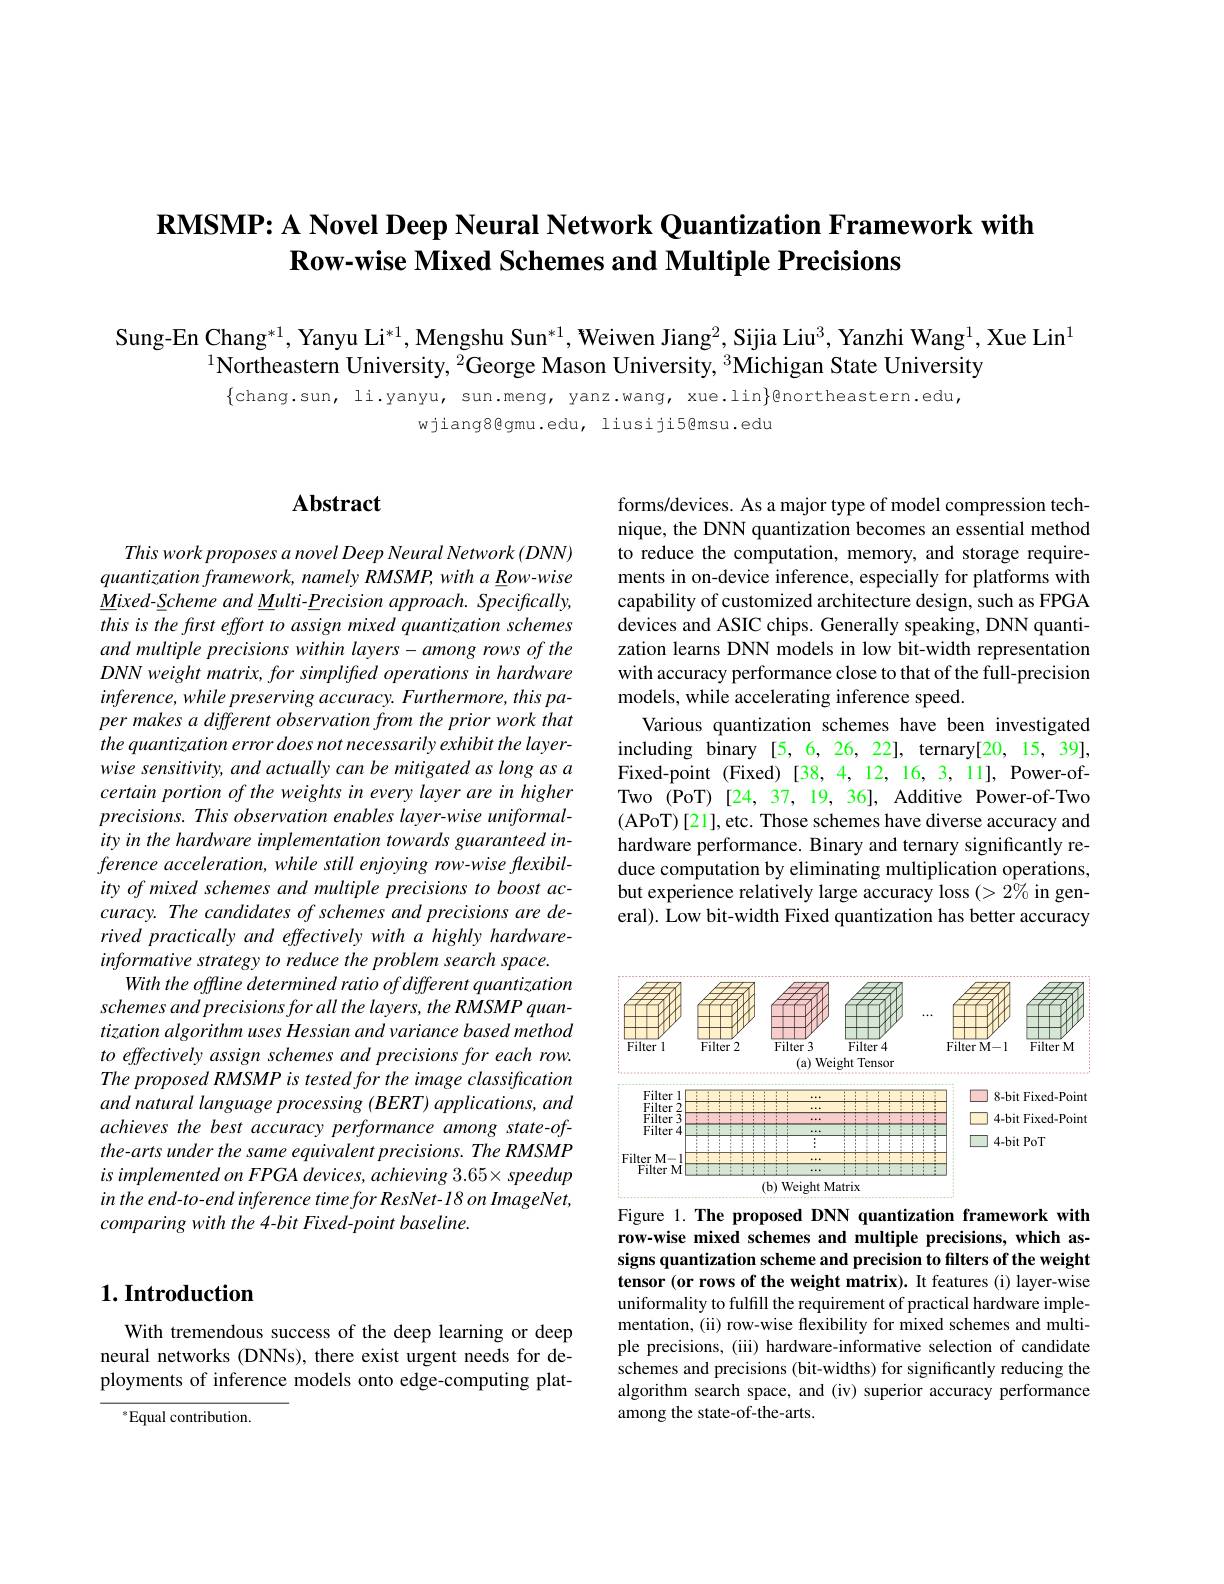
# $\textbf{RMSMP: A Novel Deep Neural Network Quantization Framework with}$ Row-wise Mixed Schemes and Multiple Precisions

Sung-En Chang*1, Yanyu Li$^{*1}$, Mengshu Sun$^*1$, Weiwen Jiang$^2$, Sijia Liu$^3$, Yanzhi Wang$^1$,Xue Lin$^1$
$^{1}$Northeastern University, $^2$George Mason University, $^3$Michigan State University

$\{$chang.sun, li.yanyu, sun.meng, yanz.wang, xue.lin$\}$@northeastern.edu,
wjiang8@gmu.edu, liusiji5@msu.edu

# Abstract

This work proposes a novel Deep Neural Network (DNN) quantization framework, namely RMSMP, with a Row-wise $\underline {M}ixed- \underline {S}cheme$ $and\underline {M}ulti- \underline {P}recision$ $approach.$ $Specifically$, this is the frst effort to assign mixed quantization schemes and multiple precisions within layers-among rows of the $DNN$ weight matrix, for simplifted operations in hardware inference, while preserving accuracy. Furthermore, this paper makes a different observation from the prior work that the quantization error does not necessarily exhibit the layerwise sensitivity, and actually can be mitigated as long as a certain portion of the weights in every layer are in higher $precisions. This\textit{ observation enables layer- wise uniformal- }$ ity in the hardware implementation towards guaranteed inference acceleration, while still enjoying row-wise flexibility of mixed schemes and multiple precisions to boost accuracy. The candidates of schemes and precisions are derived practically and effectively with a highly hardwareinformative strategy to reduce the problem search space.
With the offline determined ratio of different quantization schemes and precisions for all the layers, the RMSMP quantization algorithm uses Hessian and variance based method to effectively assign schemes and precisions for each row. The proposed RMSMP is tested for the image classification and natural language processing (BERT) applications, and achieves the best accuracy performance among state-ofthe-arts under the same equivalent precisions. The RMSMP $isimplementedonFPGA\textit{ devices, achieving 3. 65 speedup}$ in the end-to-end inference time for ResNet-18 on ImageNet, comparing with the 4-bit Fixed-point baseline.

# 1. Introduction

With tremendous success of the deep learning or deep neural networks (DNNs), there exist urgent needs for deployments of inference models onto edge-computing plat-

$^{*}$Equal contribution.

forms/devices. As a major type of model compression technique, the DNN quantization becomes an essential method to reduce the computation, memory, and storage requirements in on-device inference, especially for platforms with capability of customized architecture design, such as FPGA devices and ASIC chips. Generally speaking, DNN quantization learns DNN models in low bit-width representation with accuracy performance close to that of the full-precision models, while accelerating inference speed.
Various quantization schemes have been investigated including binary [5,6,26,22], ternary[20,15,39], Fixed-point (Fixed)[38,4,12,16,3,11], Power-ofTwo (PoT) [24,37,19,36], Additive Power-of-Two (APoT)[21],etc. Those schemes have diverse accuracy and hardware performance. Binary and ternary significantly reduce computation by eliminating multiplication operations, but experience relatively large accuracy loss $(>2\%$ in general). Low bit-width Fixed quantization has better accuracy

<FigureHere>

Figure 1. The proposed DNN quantization framework with row-wise mixed schemes and multiple precisions, which assigns quantization scheme and precision to filters of the weight tensor (or rows of the weight matrix). It features (i) layer-wise uniformality to fulfill the requirement of practical hardware implementation, (ii) row-wise flexibility for mixed schemes and multiple precisions, (iii) hardware-informative selection of candidate schemes and precisions (bit-widths) for significantly reducing the algorithm search space, and (iv) superior accuracy performance among the state-of-the-arts.